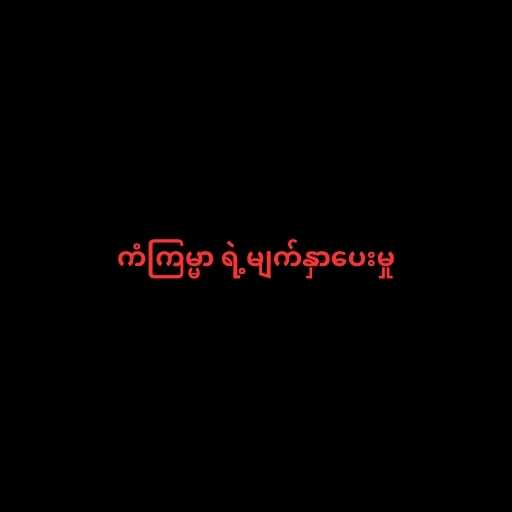
ကံကြမ္မာ ရဲ့မျက်နှာပေးမှု